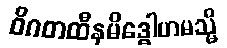
ဝိဂတထီနမိဒ္ဓေါဟမသ္မိ